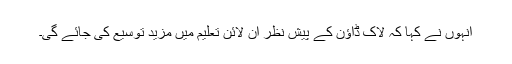
انہوں نے کہا کہ لاک ڈاؤن کے پیش نظر آن لائن تعلیم میں مزید توسیع کی جائے گی۔